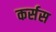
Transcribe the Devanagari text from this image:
कर्सस